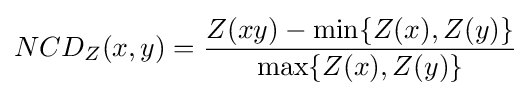
NCD_{Z}(x,y)={\frac {Z(xy)-\min\{Z(x),Z(y)\}}{\max\{Z(x),Z(y)\}}}